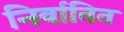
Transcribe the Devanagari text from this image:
निर्वातित